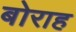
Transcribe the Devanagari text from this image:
बोराह